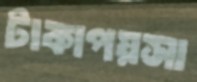
টাকাপয়সা